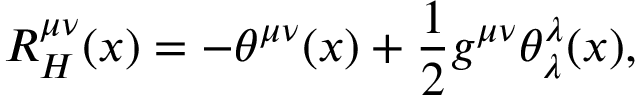
R _ { H } ^ { \mu \nu } ( x ) = - \theta ^ { \mu \nu } ( x ) + \frac { 1 } { 2 } g ^ { \mu \nu } \theta _ { \lambda } ^ { \lambda } ( x ) ,